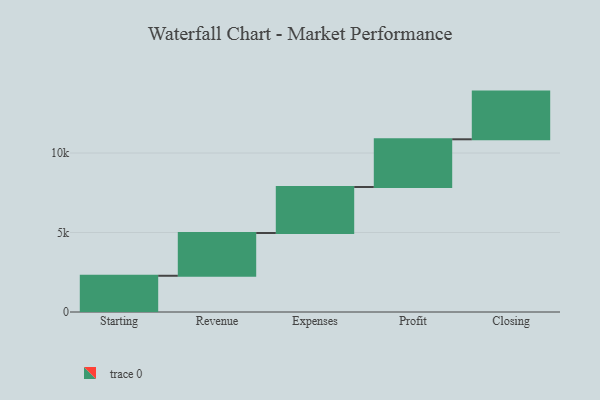
{"axis": {"x": "Step", "y": "Value"}, "legend": [""], "data": [{"x": "Starting", "y": 2279.0, "type": ""}, {"x": "Revenue", "y": 2691.0, "type": ""}, {"x": "Expenses", "y": 2894.0, "type": ""}, {"x": "Profit", "y": 3000, "type": ""}, {"x": "Closing", "y": 3000, "type": ""}]}